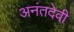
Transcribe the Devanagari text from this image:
अनंतदेवी